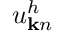
u _ { { \bf k } n } ^ { h }